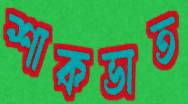
শাকভাত